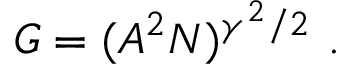
G = ( A ^ { 2 } N ) ^ { \gamma ^ { 2 } / 2 } \ .